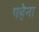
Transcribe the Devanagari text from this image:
पहेना